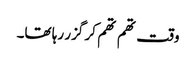
وقت تھم تھم کر گزر رہا تھا۔